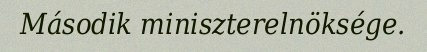
Második miniszterelnöksége.